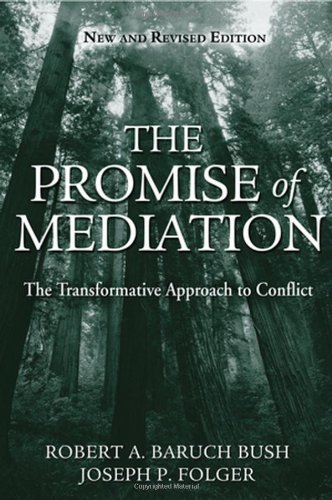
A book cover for The Promise of Mediation: The Transformative Approach to Conflict; Robert A. Baruch Bush; Law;